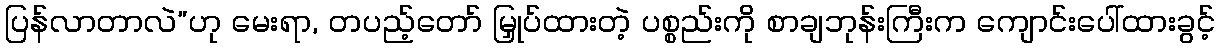
ပြန်လာတာလဲ”ဟု မေးရာ, တပည့်တော် မြှုပ်ထားတဲ့ ပစ္စည်းကို စာချဘုန်းကြီးက ကျောင်းပေါ်ထားခွင့်